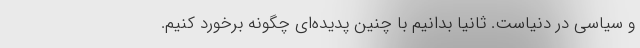
و سیاسی در دنیاست. ثانیا بدانیم با چنین پدیده‌ای چگونه برخورد کنیم.